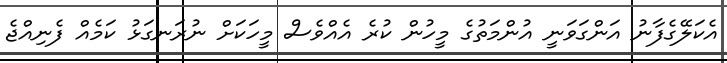
އެކަލޭގެފާނު އަންގަވަނީ އުންމަތުގެ މީހުން ކުރެ އެއްވެސް މީހަކަށް ނުރަނގަޅު ކަމެއް ފެނިއްޖެ